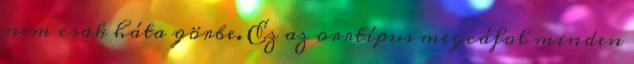
nem csak háta görbe. Ez az orrtípus megcáfol minden